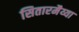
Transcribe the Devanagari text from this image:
सितारमैय्या